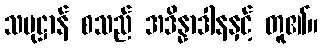
သမုဋ္ဌာန် စသည် အဒိန္နာဒါနနှင့် တူ၏။